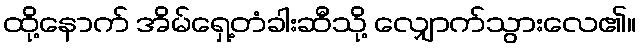
ထို့နောက် အိမ်ရှေ့တံခါးဆီသို့ လျှောက်သွားလေ၏။